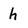
Character: h